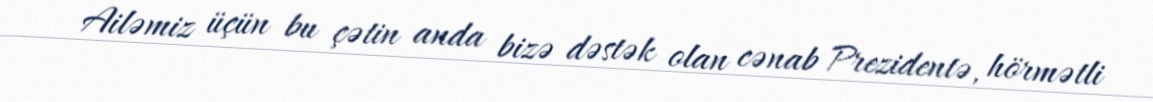
Ailəmiz üçün bu çətin anda bizə dəstək olan cənab Prezidentə, hörmətli